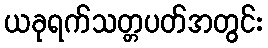
ယခုရက်သတ္တပတ်အတွင်း